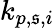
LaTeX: k_{p,\mathfrak{s},i}